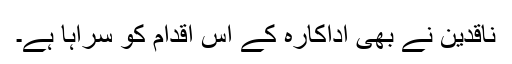
ناقدین نے بھی اداکارہ کے اس اقدام کو سراہا ہے۔